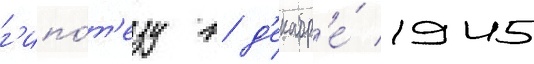
г'ипо́т'езу в д'екабр'е́ 1945